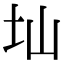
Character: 圸